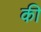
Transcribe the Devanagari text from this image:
की